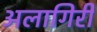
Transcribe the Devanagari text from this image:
अलागिरी